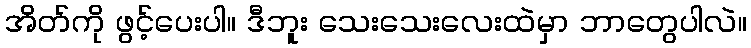
အိတ်ကို ဖွင့်ပေးပါ။ ဒီဘူး သေးသေးလေးထဲမှာ ဘာတွေပါလဲ။